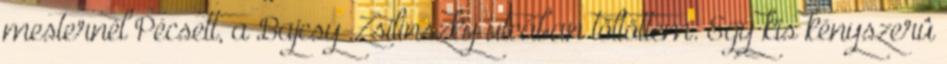
mesternél Pécsett, a Bajcsy-Zsilinszky utcában töltöttem. Egy kis kényszerû